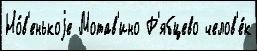
Но́в'енькоjе Мотав'ино Р'ябцево челов'е́к